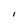
Character: l